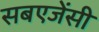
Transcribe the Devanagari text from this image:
सबएजेंसी